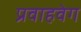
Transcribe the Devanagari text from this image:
प्रवाहवेग